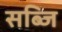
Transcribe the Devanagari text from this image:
सब्जि